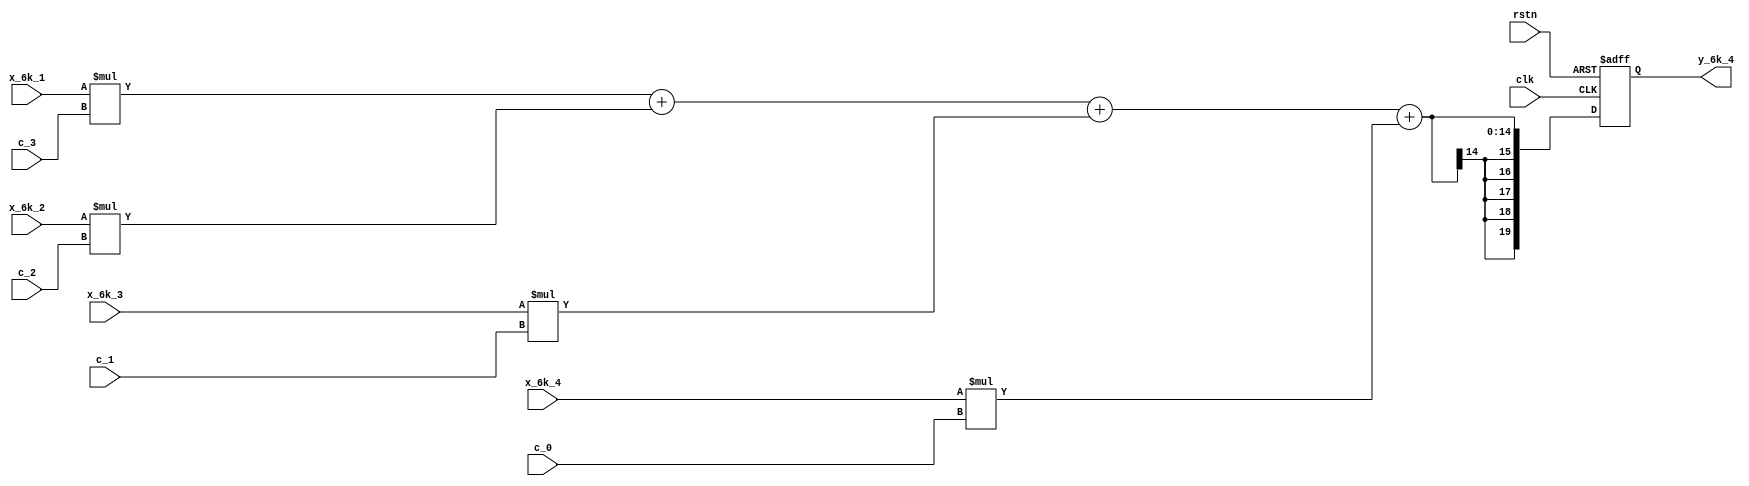
module y_6k_4 
#
( 
    parameter w_in = 7,//
    parameter y_out = 20,//
    parameter c_in = 5//
)
(
    input clk,
    input rstn,
    input  signed [w_in-1:0] x_6k_4,
    input  signed [w_in-1:0] x_6k_3,
    input  signed [w_in-1:0] x_6k_2,
    input  signed [w_in-1:0] x_6k_1,
    input  signed [c_in-1:0] c_0,
    input  signed [c_in-1:0] c_1,
    input  signed [c_in-1:0] c_2,
    input  signed [c_in-1:0] c_3,    
    output signed [y_out-1:0] y_6k_4
);
    parameter w_muti_y = 20;//
    parameter w_add_y = 25;//

    wire signed [w_muti_y-1:0] muti_3;
    wire signed [w_muti_y-1:0] muti_2;
    wire signed [w_muti_y-1:0] muti_1;
    wire signed [w_muti_y-1:0] muti_0;

    assign muti_3 = x_6k_1 * c_3;
    assign muti_2 = x_6k_2 * c_2;
    assign muti_1 = x_6k_3 * c_1;
    assign muti_0 = x_6k_4 * c_0;

    // wire [y_out-1:0] add_0;
    // assign add_0 = muti_3 + muti_2 + muti_1 + muti_0;

    reg signed [y_out-1:0] add_0;
    always @(*) begin
        add_0 <= muti_3 + muti_2 + muti_1 + muti_0;
    end 

    reg signed [y_out-1:0] out_data; 
    always @(posedge clk or negedge rstn) begin
        if(rstn == 1'b0)
            out_data<= 0;
        else out_data <= add_0;
    end
    assign y_6k_4 = out_data;

endmodule //y_6k_4